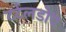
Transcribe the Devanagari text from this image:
टर्टलडोव